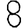
Digit: 8